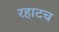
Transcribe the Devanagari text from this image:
रहाटच